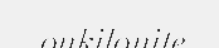
onkilonite